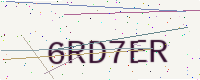
Text: 6RD7ER